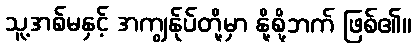
သူ့အစ်မနှင့် အကျွန်ုပ်တို့မှာ နို့စို့ဘက် ဖြစ်၏။